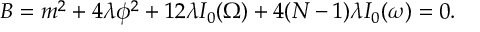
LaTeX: B = m ^ { 2 } + 4 \lambda \phi ^ { 2 } + 1 2 \lambda I _ { 0 } ( \Omega ) + 4 ( N - 1 ) \lambda I _ { 0 } ( \omega ) = 0 .